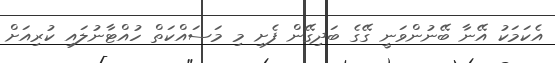
އެކަމަކު އޭނާ ބޭނުންވަނީ ގޭގެ ބަދިގޭން ފެށި މި މަސައްކަތް ހުއްޓާނުލައި ކުރިއަށް